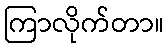
ကြာလိုက်တာ။